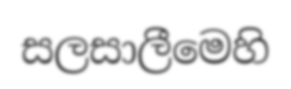
සලසාලීමෙහි